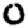
Digit: 0